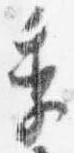
季